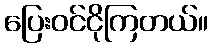
ပြေးဝင်ငိုကြတယ်။